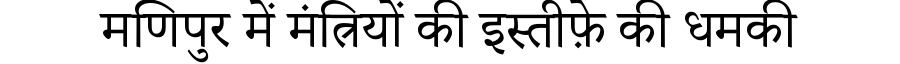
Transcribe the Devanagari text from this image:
मणिपुर में मंत्रियों की इस्तीफ़े की धमकी